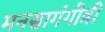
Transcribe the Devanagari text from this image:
मनसागंगोत्री